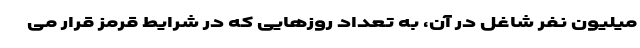
میلیون نفر شاغل در آن، به تعداد روزهایی که در شرایط قرمز قرار می‌